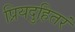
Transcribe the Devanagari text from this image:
प्रियदुहितरं